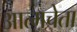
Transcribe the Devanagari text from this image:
आत्मचेता